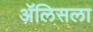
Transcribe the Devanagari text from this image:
ॲलिसला